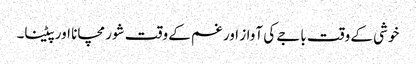
خوشی کے وقت باجے کی آواز اور غم کے وقت شور مچانا اور پیٹنا۔